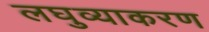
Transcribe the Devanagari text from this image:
लघुव्याकरण